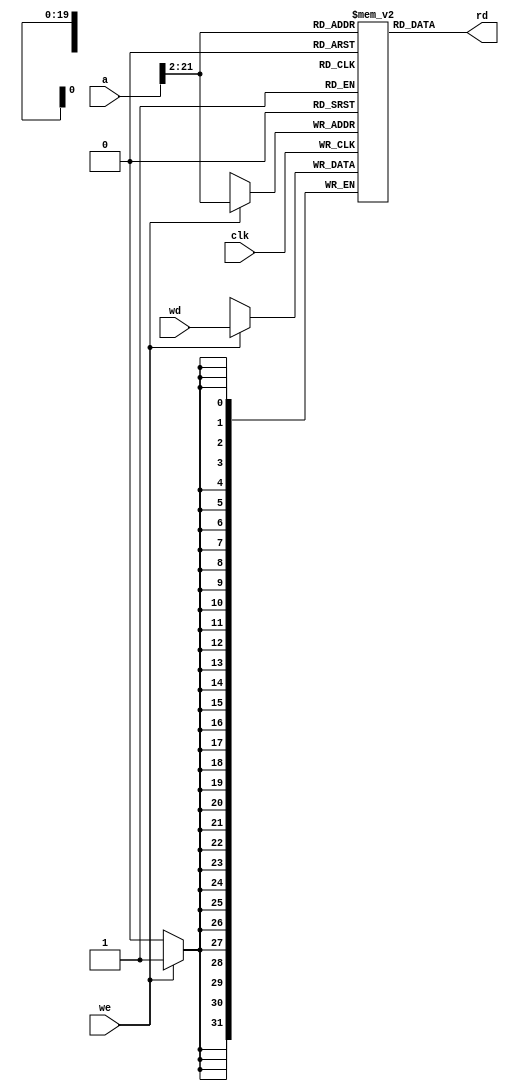
// External unified memory used by MIPS multicycle processor.
module mem(clk, we, a, wd, rd);
  input clk, we;
  input [31:0] a, wd;
  output [31:0] rd;
  
  reg [31:0] RAM[1048575:0];

  assign rd = RAM[a[31:2]]; // word aligned

  always @ (negedge clk) begin
    if (we)
      RAM[a[31:2]] <= wd;
  end

endmodule